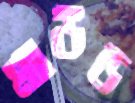
মাউন্ড